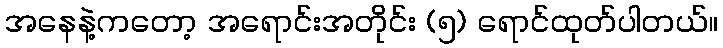
အနေနဲ့ကတော့ အရောင်းအတိုင်း (၅) ရောင်ထုတ်ပါတယ်။